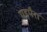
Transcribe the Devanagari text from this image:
गड़पैरा